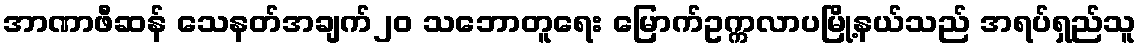
အာဏာဖီဆန် သေနတ်အချက်၂၀ သဘောတူရေး မြောက်ဥက္ကလာပမြို့နယ်သည် အရပ်ရှည်သူ